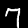
Label: 7